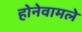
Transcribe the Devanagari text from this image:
होनेवामले